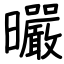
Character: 曮